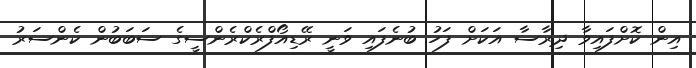
އިން ކޮށްފައިވާ ދިރާސާ އަކަށް ފަހު ބުނެފައި ވަނީ ރޭޑިއޯފްރެކްރެންސީގެ ސަބަބުން ކެންސަރު